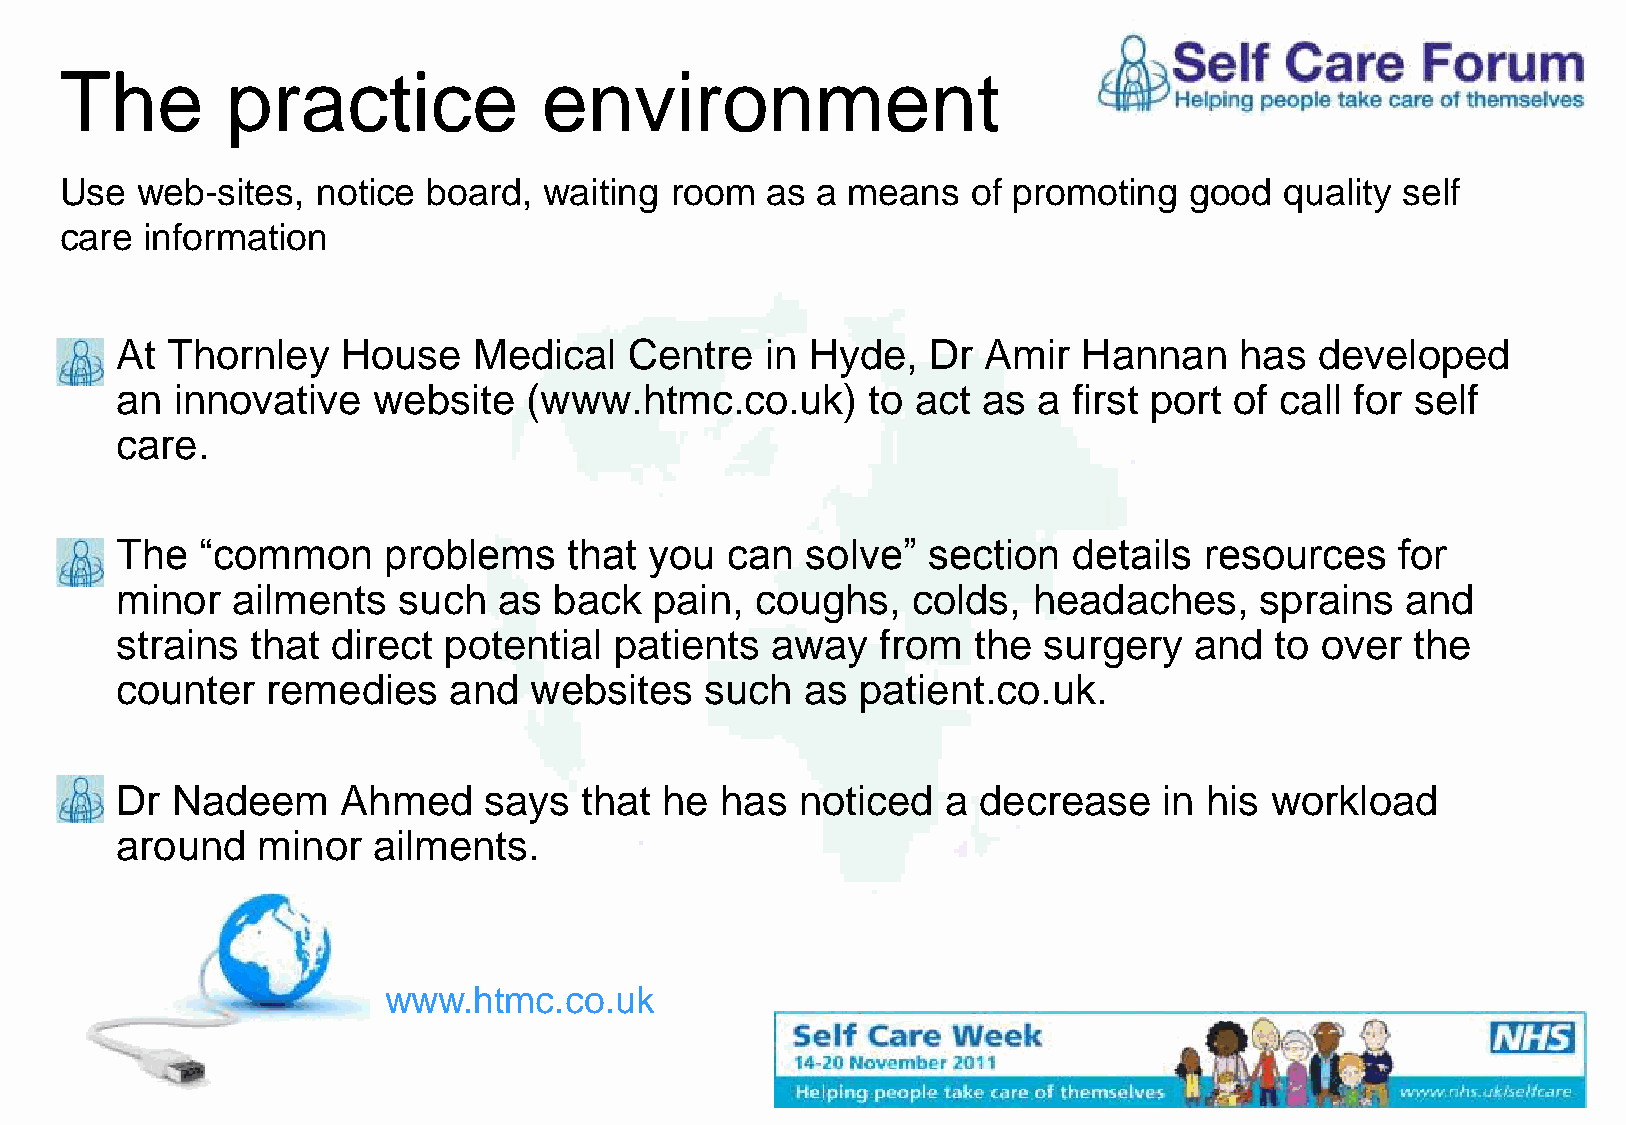
The        practice             environment
 Use  web-sites,  notice board,  waiting room   as a means   of promoting   good  quality self
 care information
 At Thornley    House   Medical    Centre   in Hyde,  Dr  Amir   Hannan    has  developed
 an  innovative   website   (www.htmc.co.uk)      to  act as  a first port of call for self
 care.
 The  “common     problems     that you  can  solve”  section   details  resources   for
 minor  ailments   such   as  back  pain,  coughs,   colds,  headaches,     sprains   and
 strains  that direct potential   patients  away   from  the  surgery   and  to over   the
 counter   remedies    and  websites    such  as  patient.co.uk.
 Dr Nadeem      Ahmed    says  that  he  has  noticed  a  decrease    in his workload
 around   minor   ailments.
 www.htmc.co.uk